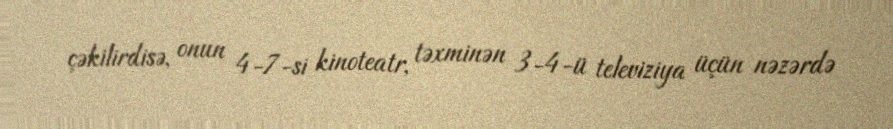
çəkilirdisə, onun 4-7-si kinoteatr, təxminən 3-4-ü televiziya üçün nəzərdə